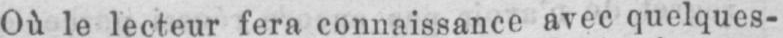
Où le lecteur fera connaissance avec quelques-